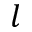
l